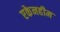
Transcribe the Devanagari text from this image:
एकेनहीम